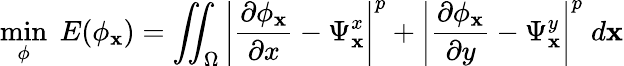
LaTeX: \underset{\phi}{\operatorname*{min}}\; E(\phi_{\mathbf{x}})=\iint_{\Omega}\left\lvert\frac{\partial\phi_{\mathbf{x}}}{\partial x}-\Psi_{\mathbf{x}}^{x}\right\rvert^{p}+\left\lvert\frac{\partial\phi_{\mathbf{x}}}{\partial y}-\Psi_{\mathbf{x}}^{y}\right\rvert^{p}\; d\mathbf{x}